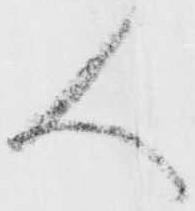
人